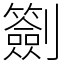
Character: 𠠬